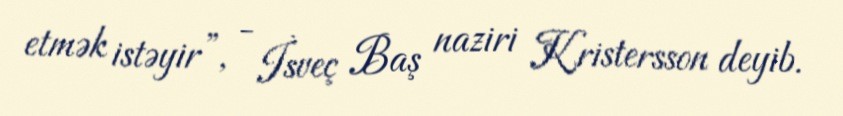
etmək istəyir”, - İsveç Baş naziri Kristersson deyib.